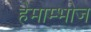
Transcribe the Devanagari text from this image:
हेमाम्भोज